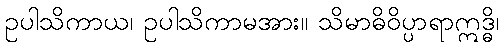
ဥပါသိကာယ၊ ဥပါသိကာမအား။ သိမာဓိဝိပ္ပာရာဣဒ္ဓိ၊